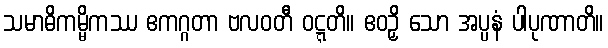
သမာဓိကမ္မိကဿ ဧကဂ္ဂတာ ဗလဝတီ ဝဋ္ဋတိ။ ဧဝဉှိ သော အပ္ပနံ ပါပုဏာတိ။